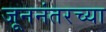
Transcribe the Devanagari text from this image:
जूननंतरच्या